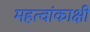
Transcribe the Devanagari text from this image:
महत्वांकाक्षी